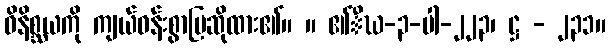
ဝိနိစ္ဆယကို ကျယ်ဝန်းစွာပြဆိုထား၏။ ။ ၏ီဃ-၃-ပါ-၂၂၃၊ ဋ္ဌ - ၂၃၁။